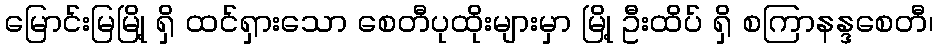
မြောင်းမြမြို့ ရှိ ထင်ရှားသော စေတီပုထိုးများမှာ မြို့ ဦးထိပ် ရှိ စကြာနန္ဒစေတီ၊